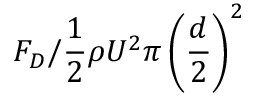
F _ { D } / { \frac { 1 } { 2 } \rho U ^ { 2 } \pi \left( \frac { d } { 2 } \right) ^ { 2 } }